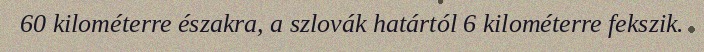
60 kilométerre északra, a szlovák határtól 6 kilométerre fekszik.